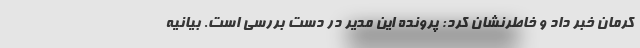
کرمان خبر داد و خاطرنشان کرد: پرونده این مدیر در دست بررسی است. بیانیه